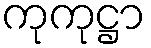
ကုကုဋ္ဌာ